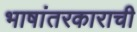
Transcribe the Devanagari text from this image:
भाषांतरकाराची